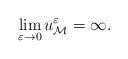
\begin{align*} \lim_{\varepsilon\rightarrow 0}u^\varepsilon_\mathcal{M}=\infty. \end{align*}